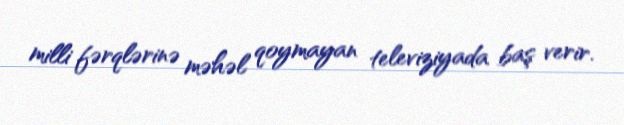
milli fərqlərinə məhəl qoymayan televiziyada baş verir.